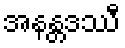
အနန္တဒဿီ